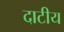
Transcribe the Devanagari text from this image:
दाटीय